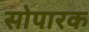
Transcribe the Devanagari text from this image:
सोपारक